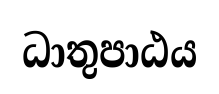
ධාතුපාඨය